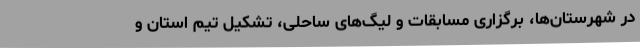
در شهرستان‌ها، برگزاری مسابقات و لیگ‌های ساحلی، تشکیل تیم استان و